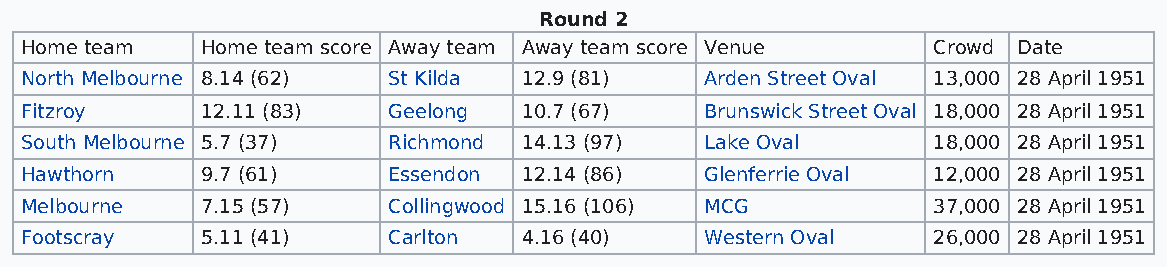
Round 2
 Home team   Home team score Away team Away team score Venue  Crowd Date
 North Melbourne 8.14 (62) St Kilda 12.9 (81)  Arden Street Oval 13,000 28 April 1951
 Fitzroy     12.11 (83)   Geelong  10.7 (67)   Brunswick Street Oval 18,000 28 April 1951
 South Melbourne 5.7 (37) Richmond 14.13 (97)  Lake Oval      18,000 28 April 1951
 Hawthorn    9.7 (61)     Essendon 12.14 (86)  Glenferrie Oval 12,000 28 April 1951
 Melbourne   7.15 (57)    Collingwood 15.16 (106) MCG         37,000 28 April 1951
 Footscray   5.11 (41)    Carlton  4.16 (40)   Western Oval   26,000 28 April 1951